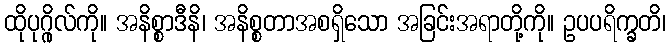
ထိုပုဂ္ဂိုလ်ကို။ အနိစ္စာဒီနိ၊ အနိစ္စတာအစရှိသော အခြင်းအရာတို့ကို။ ဥပပရိက္ခတိ၊